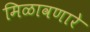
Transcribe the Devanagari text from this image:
मिळावणारे